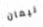
نيمان